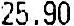
25.90